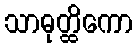
သာဓုတ္ထိကော